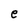
Character: e